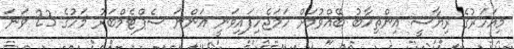
މިއަހަރުގެ ރިޔާސީ އިންތިހާބު ބޭއްވުމަށް ހަމަޖެހިފައިވަނީ އަންނަ ސެޕްޓެމްބަރު މަހުގެ 23 ވަނަ